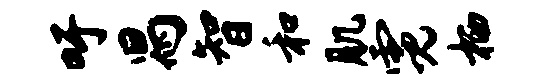
吁舄智和肌霓栖